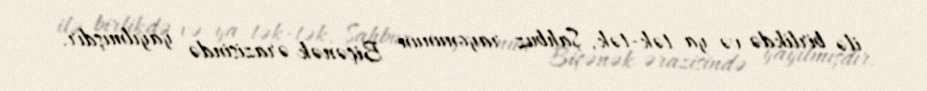
ilə birlikdə və ya tək-tək, Şahbuz rayonunun Biçənək ərazisində yayılmışdır.